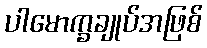
ပါမောက္ခချုပ်အဖြစ်